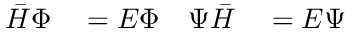
\begin{array} { r l r l } { \bar { H } \Phi } & { { } = E \Phi } & { \Psi \bar { H } } & { { } = E \Psi } \end{array}